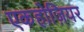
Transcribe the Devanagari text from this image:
एकहोज़ियर